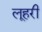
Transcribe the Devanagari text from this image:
लूहरी